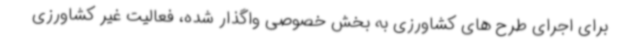
برای اجرای طرح های کشاورزی به بخش خصوصی واگذار شده، فعالیت غیر کشاورزی